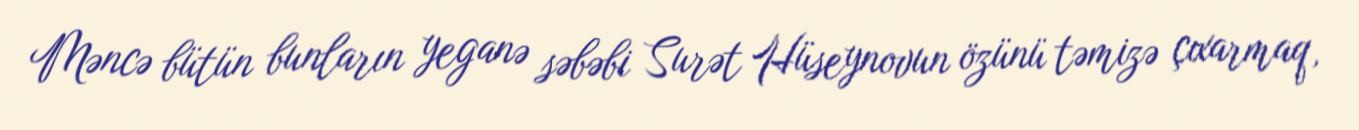
Məncə bütün bunların yeganə səbəbi Surət Hüseynovun özünü təmizə çıxarmaq,